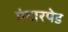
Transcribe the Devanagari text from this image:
मंदारपेड